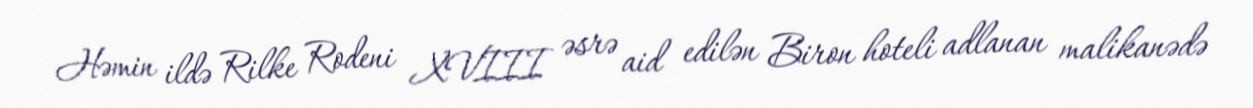
Həmin ildə Rilke Rodeni XVIII əsrə aid edilən Biron hoteli adlanan malikanədə